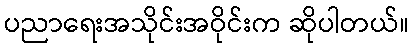
ပညာရေးအသိုင်းအဝိုင်းက ဆိုပါတယ်။